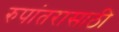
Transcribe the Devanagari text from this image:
रुपांतरासाठी